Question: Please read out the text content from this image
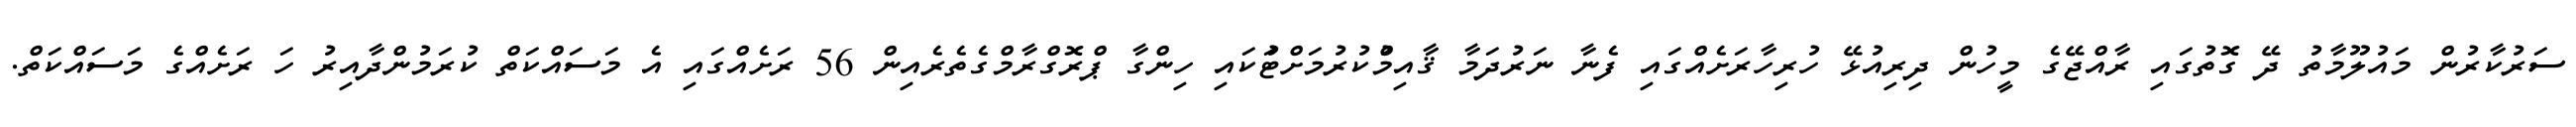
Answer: ސަރުކާރުން މައުލޫމާތު ދޭ ގޮތުގައި ރާއްޖޭގެ މީހުން ދިރިއުޅޭ ހުރިހާރަށެއްގައި ފެނާ ނަރުދަމާ ޤާއިމްުކުރުމަށްޓަުކައި ހިންގާ ޕްރޮގްރާމްގެތެރެއިން 56 ރަށެއްގައި އެ މަސައްކަތް ކުރަމުންދާއިރު ހަ ރަށެއްގެ މަސައްކަތް.